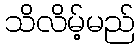
သိလိမ့်မည်